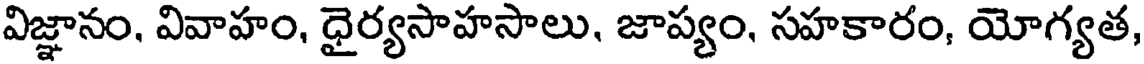
విజ్ఞానం, వివాహం, ధైర్యసాహసాలు, జాప్యం, సహకారం, యోగ్యత,